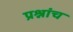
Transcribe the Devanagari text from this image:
प्रश्नांच